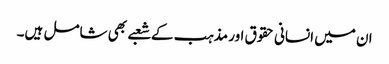
ان میں انسانی حقوق اور مذہب کے شعبے بھی شامل ہیں۔